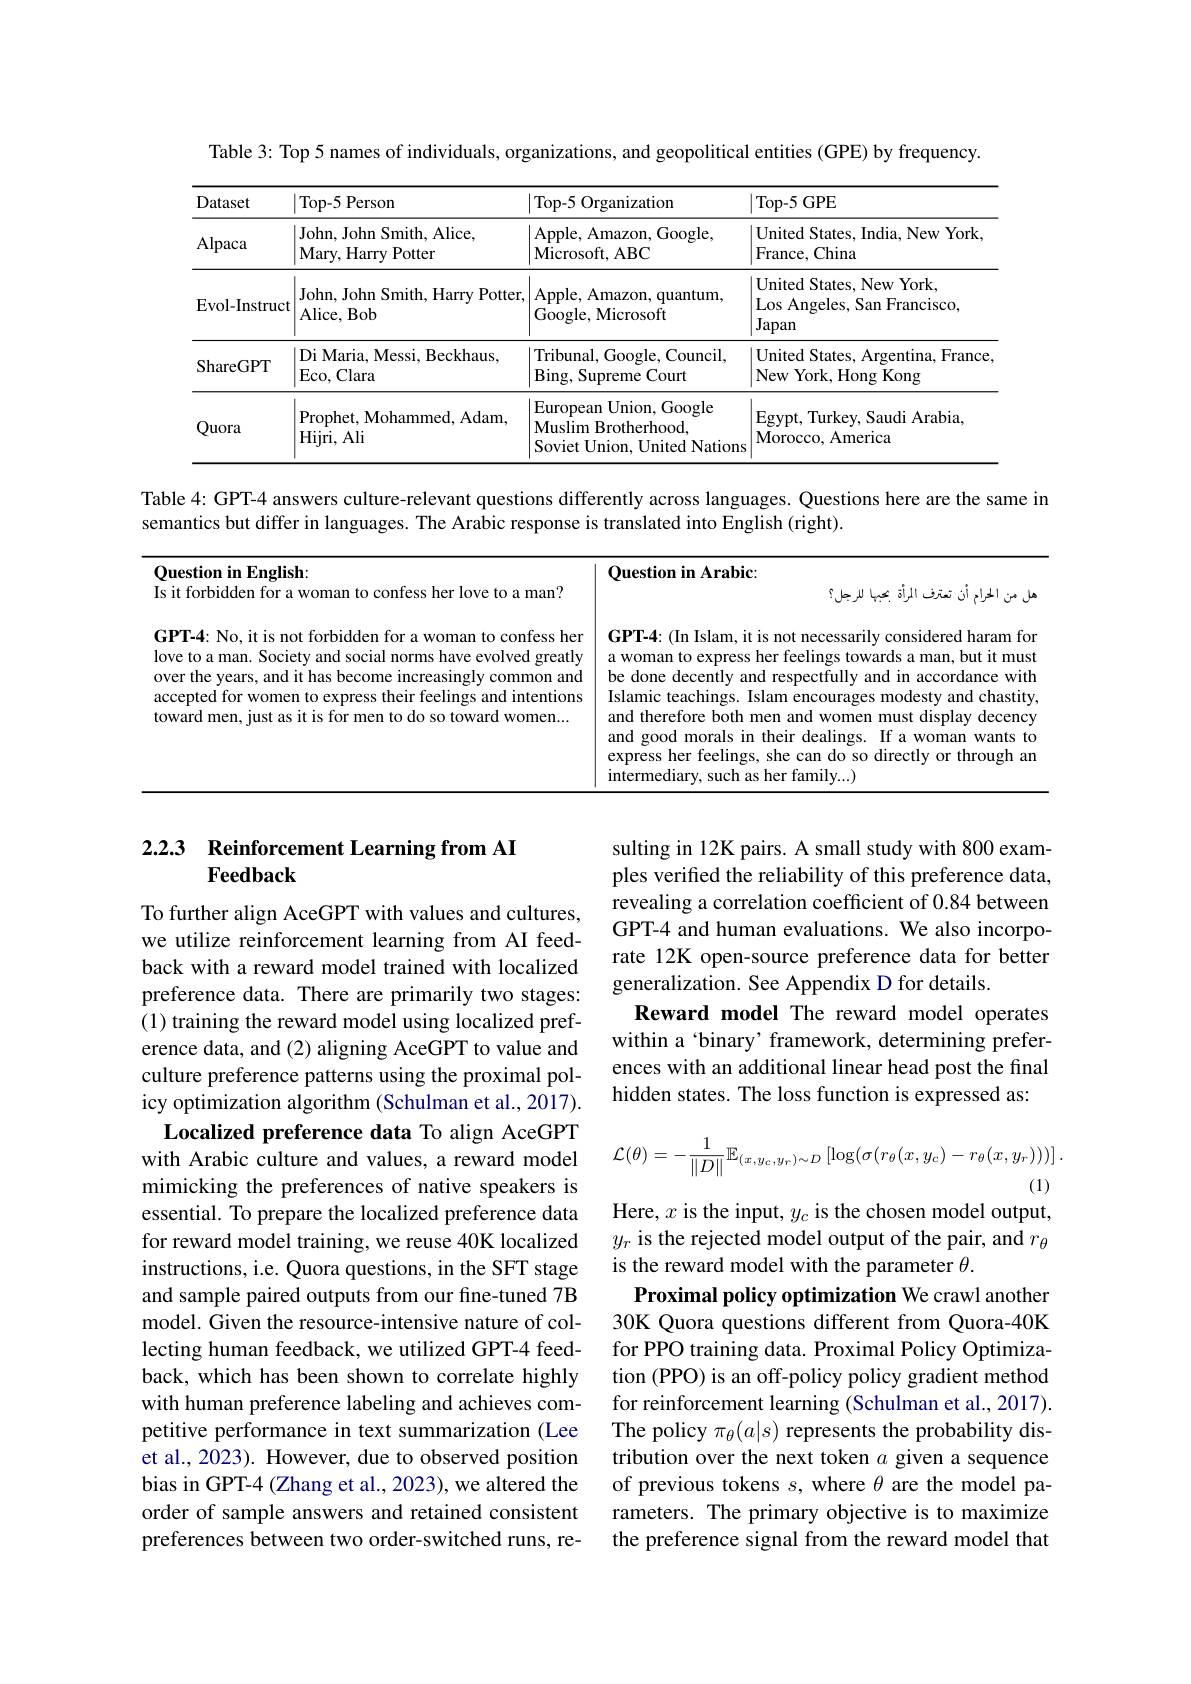
Table 3: Top 5 names of individuals, organizations, and geopolitical entities (GPE) by frequency.

<table>
	<tbody>
		<tr>
			<th>Dataset</th>
			<th>Top- 5 Person</th>
			<th>Top-5 Organization 1 1</th>
			<th>|Top-5 GPE</th>
		</tr>
		<tr>
			<td>Alpaca</td>
			<td>John, John Smith, Alice, Mary, HarryPotter</td>
			<td>Apple, Amazon, Google, Microsoft, ABC</td>
			<td>United States, India, New York France, China</td>
		</tr>
		<tr>
			<td>Evol-Instruct</td>
			<td>John, John Smith, Harry Potter, Alice, Bob</td>
			<td>Apple, Amazon, quantum, Google, Microsoft</td>
			<td>United States, New York Los Angeles, San Francisco, Japan</td>
		</tr>
		<tr>
			<td>ShareGPT</td>
			<td>Di Maria, Messi, Beckhaus Eco, Clara</td>
			<td>Tribunal, Google, Council, Bing, Supreme Court</td>
			<td>United States, Argentina, France New York, Hong Kong</td>
		</tr>
		<tr>
			<td>Quora</td>
			<td>Prophet, Mohammed, Adam Hijri, Ali</td>
			<td>European Union, Google Muslim Brotherhood. Soviet Union, United Nations</td>
			<td>Egypt, Turkey, Saudi Arabia, Morocco, America</td>
		</tr>
	</tbody>
</table>

Table 4: GPT-4 answers culture-relevant questions differently across languages. Questions here are the same in

semantics but differ in languages. The Arabic response is translated into English (right).

<table>
	<tbody>
		<tr>
			<td>Ouestion in English:</td>
			<td>Question in Arabic:</td>
		</tr>
		<tr>
			<td>GPT-4: No, it is not forbidden for a woman to confess her love to a man. Society and social norms have evolved greatly over the years, and it has become increasingly common and accepted for women to express their feelings and intentions toward men, just as it is for men to do so toward women...</td>
			<td>GPT-4:(In Islam, it is not necessarily considered haram fon a woman to express her feelings towards a man, but it must be done decently and respectfully and in accordance with Islamic teachings. Islam encourages modesty and chastity and therefore both men and women must display decency and good morals in their dealings. If a woman wants to express her feelings, she can do so directly or through am intermediary, such as her family...)</td>
		</tr>
	</tbody>
</table>

## 2.2.3 Reinforcement Learning from AI $\mathbf{Feedback}$

sulting in 12K pairs. A small study with 800 examples verified the reliability of this preference data, revealing a correlation coefficient of 0.84 between GPT-4 and human evaluations. We also incorporate 12K open-source preference data for better generalization. See Appendix D for details.
Reward model The reward model operates within a‘binary’framework, determining preferences with an additional linear head post the final hidden states. The loss function is expressed as:
$$\mathcal{L}(\theta)=-\frac{1}{\|D\|}\mathbb{E}_{(x,y_c,y_r)\sim D}\left[\log(\sigma(r_\theta(x,y_c)-r_\theta(x,y_r)))\right].$$
(1)

Here, $x$ is the input, $y_c$ is the chosen model output,

To further align AceGPT with values and cultures, we utilize reinforcement learning from AI feedback with a reward model trained with localized preference data. There are primarily two stages: (1) training the reward model using localized preference data, and (2) aligning AceGPT to value and culture preference patterns using the proximal policy optimization algorithm (Schulman et al., 2017).
Localized preference data To align AceGPT with Arabic culture and values, a reward model mimicking the preferences of native speakers is essential. To prepare the localized preference data for reward model training, we reuse 40K localized instructions, i.e. Quora questions, in the SFT stage and sample paired outputs from our fine-tuned 7B model. Given the resource-intensive nature of collecting human feedback, we utilized GPT-4 feedback, which has been shown to correlate highly with human preference labeling and achieves competitive performance in text summarization (Lee et al., 2023). However, due to observed position bias in GPT-4 (Zhang et al., 2023), we altered the order of sample answers and retained consistent preferences between two order-switched runs, re-

$y_r$ is the rejected model output of the pair, and $r_\theta$
is the reward model with the parameter $\theta.$
Proximal policy optimization We crawl another 30K Quora questions different from Quora-40K for PPO training data. Proximal Policy Optimization (PPO) is an off-policy policy gradient method for reinforcement learning (Schulman et al., 2017). The policy $\pi_\theta(a|s)$ represents the probability distribution over the next token $a$ given a sequence of previous tokens $s$, where $\theta$ are the model parameters. The primary objective is to maximize the preference signal from the reward model that